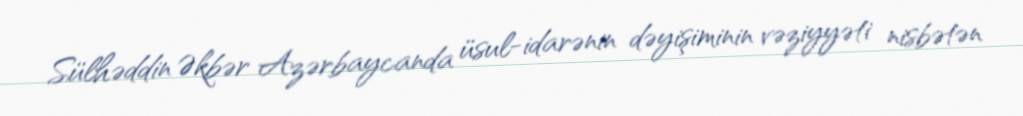
Sülhəddin Əkbər Azərbaycanda üsul-idarənin dəyişiminin vəziyyəti nisbətən